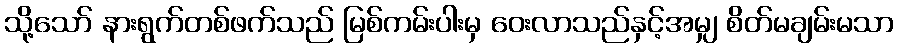
သို့သော် နားရွက်တစ်ဖက်သည် မြစ်ကမ်းပါးမှ ဝေးလာသည်နှင့်အမျှ စိတ်မချမ်းမသာ